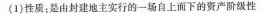
(1)性质；是由封建地主实行的一场自上面下的资产阶线性